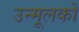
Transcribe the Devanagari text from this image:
उन्मूलकों